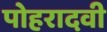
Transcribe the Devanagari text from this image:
पोहरादवी